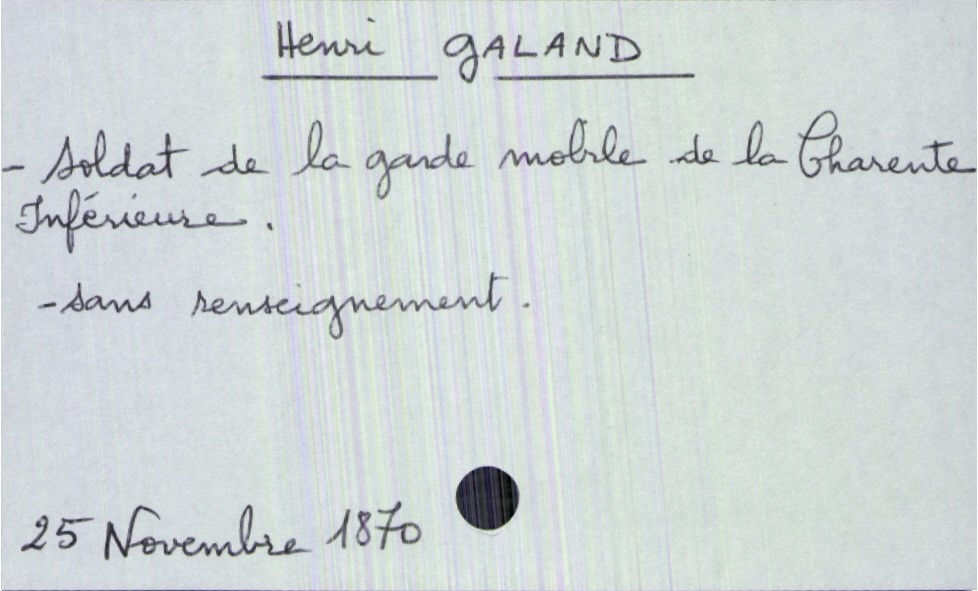
type_acte: Décès
année: 1870
mois: novembre
jour: 25
défunt_nom: Galand
défunt_prénom: Henri
défunt_sexe: H
défunt_profession: soldat de la garde mobile de la Charente Inférieure